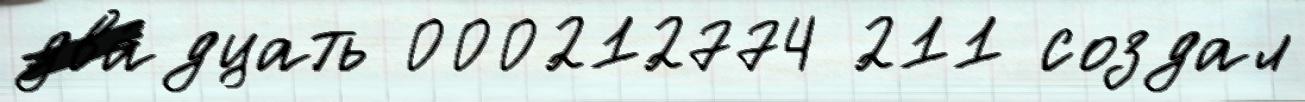
два́дцать 000212774 211 создал